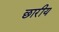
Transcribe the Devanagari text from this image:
छारीय